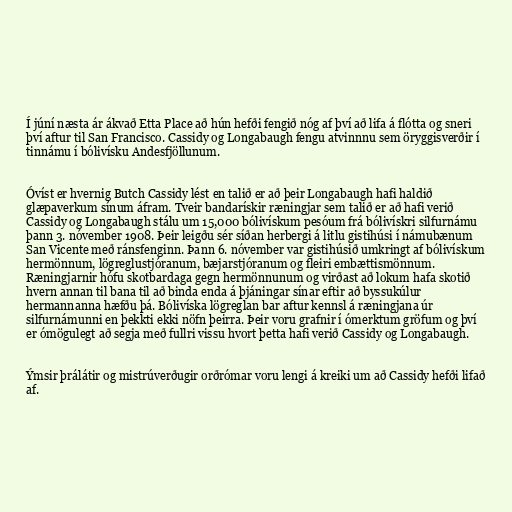
Í júní næsta ár ákvað Etta Place að hún hefði fengið nóg af því að lifa á flótta og sneri
því aftur til San Francisco. Cassidy og Longabaugh fengu atvinnnu sem öryggisverðir í
tinnámu í bólivísku Andesfjöllunum.

Óvíst er hvernig Butch Cassidy lést en talið er að þeir Longabaugh hafi haldið
glæpaverkum sínum áfram. Tveir bandarískir ræningjar sem talið er að hafi verið
Cassidy og Longabaugh stálu um 15,000 bólivískum pesóum frá bólivískri silfurnámu
þann 3. nóvember 1908. Þeir leigðu sér síðan herbergi á litlu gistihúsi í námubænum
San Vicente með ránsfenginn. Þann 6. nóvember var gistihúsið umkringt af bólivískum
hermönnum, lögreglustjóranum, bæjarstjóranum og fleiri embættismönnum.
Ræningjarnir hófu skotbardaga gegn hermönnunum og virðast að lokum hafa skotið
hvern annan til bana til að binda enda á þjáningar sínar eftir að byssukúlur
hermannanna hæfðu þá. Bólivíska lögreglan bar aftur kennsl á ræningjana úr
silfurnámunni en þekkti ekki nöfn þeirra. Þeir voru grafnir í ómerktum gröfum og því
er ómögulegt að segja með fullri vissu hvort þetta hafi verið Cassidy og Longabaugh.

Ýmsir þrálátir og mistrúverðugir orðrómar voru lengi á kreiki um að Cassidy hefði lifað
af.